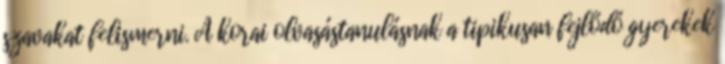
szavakat felismerni. A korai olvasástanulásnak a tipikusan fejlődő gyerekek